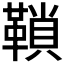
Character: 𩌆